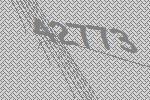
42773